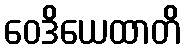
ဝေဒိယေထာတိ